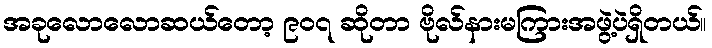
အခုလောလောဆယ်တော့ ၉၀၇ ဆိုတာ ဗိုလ်နားမကြားအဖွဲ့ပဲရှိတယ်။